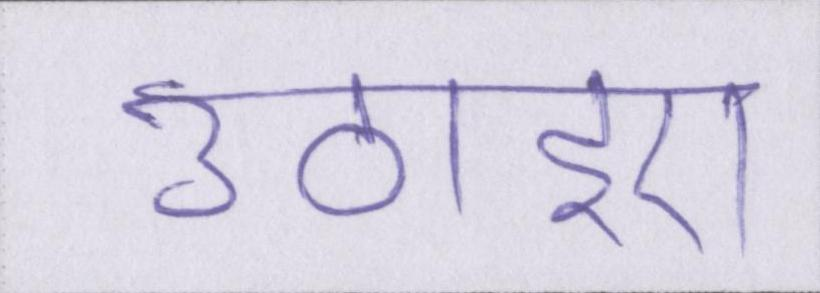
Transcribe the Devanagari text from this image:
उठाइए